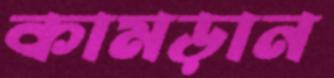
কামড়ান